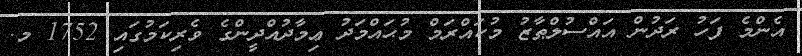
އެންމެ ފަހު ރަދުން އައްސުލްޠާޒު މުކައްރަމް މުޙައްމަދު ޢިމާދުއްދީންގެ ވެރިކަމުގައި 1752 މ.